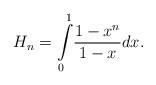
LaTeX: \begin{align*}H_{n}={\displaystyle\int\limits_{0}^{1}}\frac{1-x^{n}}{1-x}dx.\end{align*}